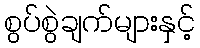
စွပ်စွဲချက်များနှင့်